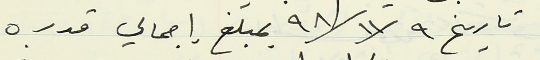
تاريخ ٩٨/١١/٩ بمبلغ إجمالي قدره